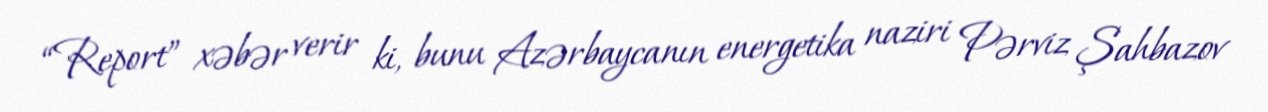
“Report” xəbər verir ki, bunu Azərbaycanın energetika naziri Pərviz Şahbazov